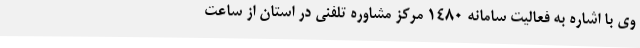
وی با اشاره به فعالیت سامانه 1480 مرکز مشاوره تلفنی در استان از ساعت